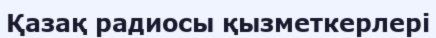
Қазақ радиосы қызметкерлері